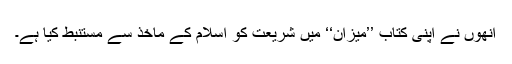
انھوں نے اپنی کتاب ’’میزان‘‘ میں شریعت کو اسلام کے ماخذ سے مستنبط کیا ہے۔